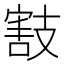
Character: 𢻜